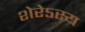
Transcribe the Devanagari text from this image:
शेरेऽस्य